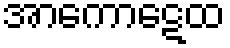
အာကောဋေထ